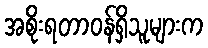
အစိုးရတာဝန်ရှိသူများက